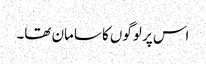
اس پر لوگوں کا سامان تھا۔